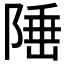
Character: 𨺪